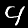
Label: 4